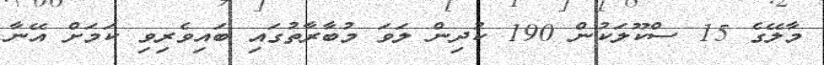
މާލޭގެ 15 ސްކޫލަކުން 190 ކުދިން ލަވަ މުބާރާތުގައި ބައިވެރިވި ކަމަށް އޭނާ